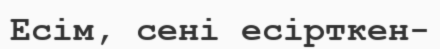
Есім, сені есірткен-